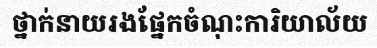
ថ្នាក់នាយរងផ្នែកចំណុះការិយាល័យ